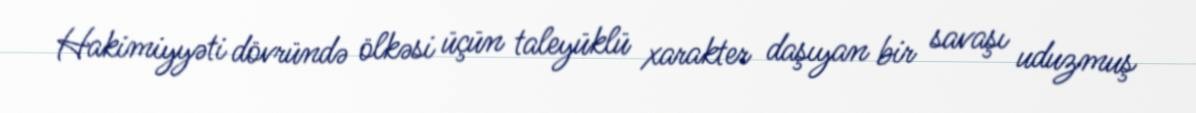
Hakimiyyəti dövründə ölkəsi üçün taleyüklü xarakter daşıyan bir savaşı uduzmuş